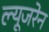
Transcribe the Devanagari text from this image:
ल्यूजरेन